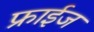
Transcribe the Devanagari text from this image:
फ्राईज